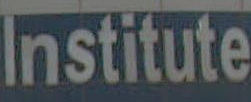
Institute